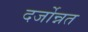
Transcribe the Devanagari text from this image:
दर्जोन्नत